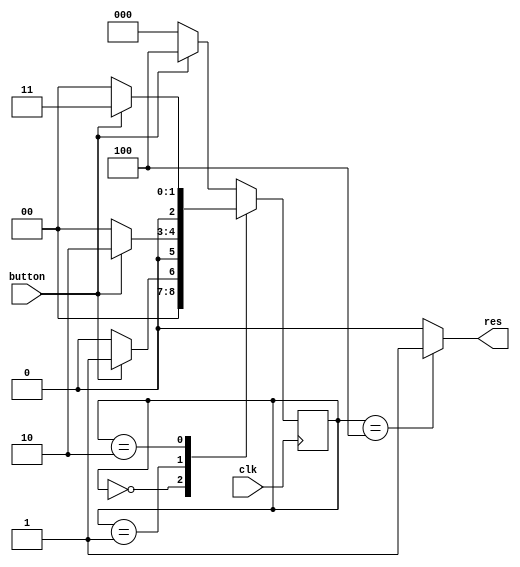
`timescale 1ns / 1ps

module debounce(
input wire button,
input wire clk,
output reg res
);

reg [2:0] currentState;
reg [2:0] nextState;

initial begin
    currentState[2:0] = 3'b000;
end

always @(posedge clk) begin
    currentState[2:0] <= nextState[2:0];
end

always @(*) begin
    if(currentState[2:0] == 3'b100)begin
        res = 1;
    end else begin
        res = 0;
    end
end

always @(*) begin
    case (currentState[2:0])
        3'b000: begin
            nextState[2:0] = (button)?3'b001:3'b000;
        end
        3'b001: begin
            nextState[2:0] = (button)?3'b010:3'b000;
        end
        3'b010: begin
            nextState[2:0] = (button)?3'b011:3'b000;
        end
        3'b011: begin
            nextState[2:0] = (button)?3'b100:3'b000;
        end
        default: begin
            //nextState[2:0] = 3'b000;
            nextState[2:0] = (button)?3'b100:3'b000;
        end
    endcase
end
endmodule

module onePulse(
input wire clk,
input wire pulse,
output wire res
);
reg s;
reg sbar;

assign res = sbar & s;

initial begin
    sbar = 1'b1;
    s = 1'b0;
end
always @(*) begin
    s = pulse;
end
always @(posedge clk) begin
    sbar <= !pulse;
end

endmodule

module longer(
input wire clk,
input wire target,
output wire longer
);

reg [1:0] cnt;
reg [1:0] nextCnt;

assign longer = (cnt[1:0]==2'b11)? 1 : 0;

always @(*) begin
    if(target==0)begin
        nextCnt[1:0] = 0;
    end else begin
        nextCnt[1:0] = cnt[1:0] + 1;
    end
end

initial begin
    cnt = 2'b00;
end

always @(posedge clk) begin
    cnt[1:0] <= nextCnt[1:0];
end
endmodule